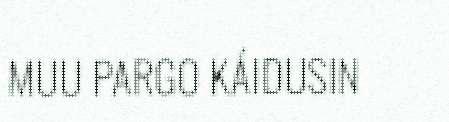
MUU PARGO KÁIDUSIN